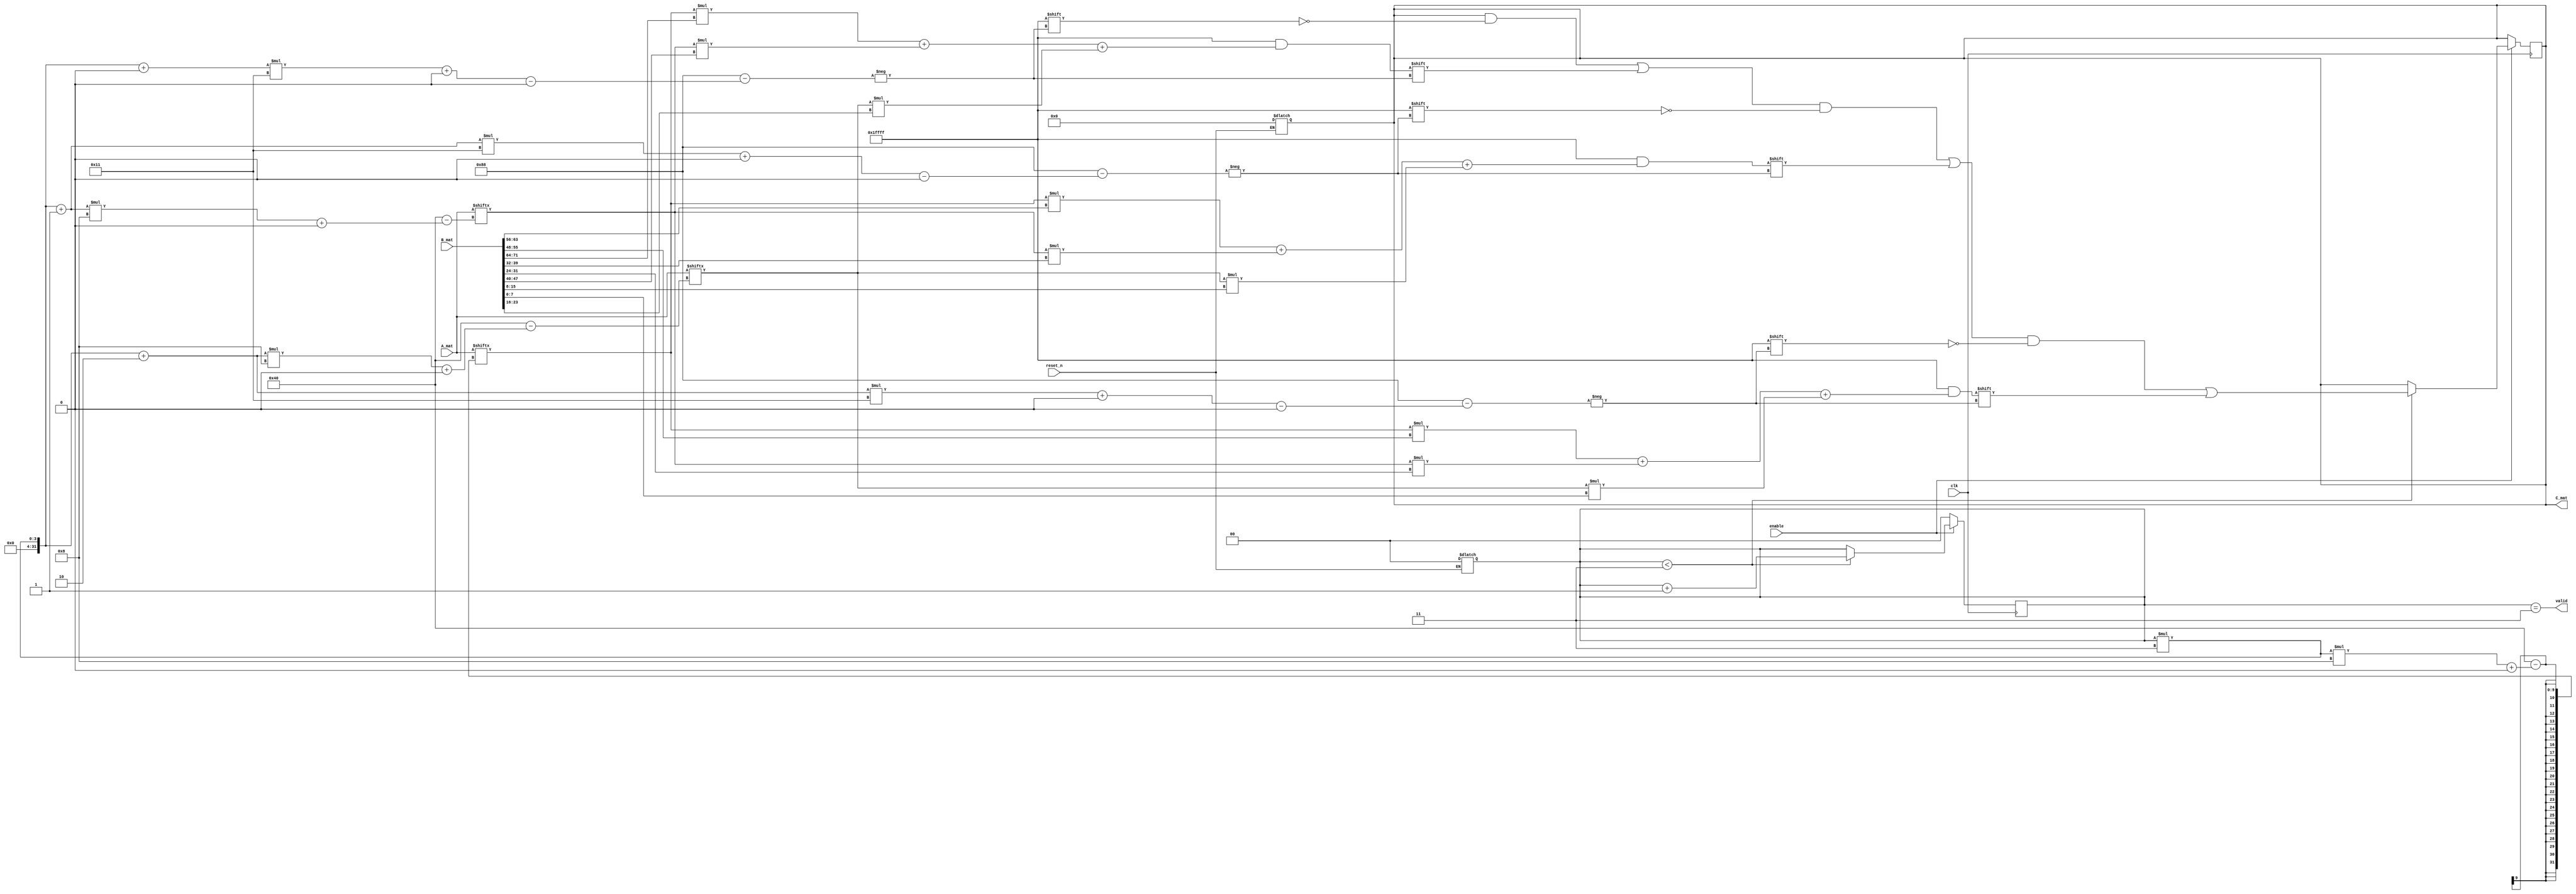
`timescale 1ns / 1ps

module mmult(
    input clk,
    input reset_n,
    input enable,
    input [0:9*8-1] A_mat, 
    input [0:9*8-1] B_mat,
    output valid,
    output reg [0:9*17-1] C_mat
    );
    //reg [0:9*17-1]C;
    reg [1:0] c; //counter for how many cycles done, total should be 3
    reg [2:0] j; //counter for the for loop

    always @(reset_n) begin // Triggered when the signal "reset_n" is changed
        if(!reset_n) begin
            C_mat <= 0;
            c <= 0;
        end
    end



    assign valid = (c == 3);
    //Output would not be valid if the calculation is not done or not enabled

    always @(posedge clk) begin
        if(enable) begin
            if(c<3) begin
                for(j=0; j<3; j=j+1) begin
                    C_mat[ (c*3+j)*17 +: 17] <= 
                    A_mat[ (c*3  )*8 +: 8] * B_mat[ (j  )*8 +: 8] + 
                    A_mat[ (c*3+1)*8 +: 8] * B_mat[ (j+3)*8 +: 8] + 
                    A_mat[ (c*3+2)*8 +: 8] * B_mat[ (j+6)*8 +: 8];
                end
                c <= c+1;
            end
        end
        else begin
            c <= 0;
        end
    end
endmodule